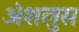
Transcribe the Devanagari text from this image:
अंशलुस